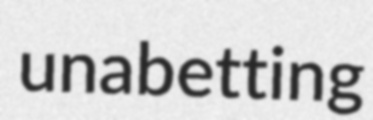
unabetting